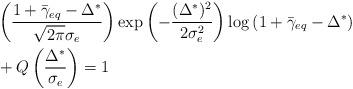
LaTeX: \begin{align*}&\left(\frac{1+\bar{\gamma}_{eq}-\Delta^*}{\sqrt{2\pi}\sigma_e}\right)\exp\left(-\frac{(\Delta^*)^2}{2\sigma_e^2}\right)\log\left(1+\bar{\gamma}_{eq}-\Delta^*\right) \\&+Q\left(\frac{\Delta^*}{\sigma_e}\right)=1\end{align*}